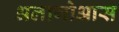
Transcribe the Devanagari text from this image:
अलागोआस